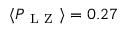
\langle P _ { \mathrm { ~ L ~ Z ~ } } \rangle = 0 . 2 7